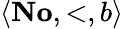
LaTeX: \langle\mathbf{No},\mathrm{<},b\rangle